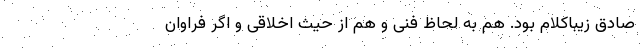
صادق زیباکلام بود. هم به لحاظ فنی و هم از حیث اخلاقی و اگر فراوان